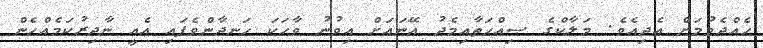
ހެއްދެވުމަށް އެދިއެވެ. މަލާކްގެ ޞިއްޙަތާއިމެދު އޭނައަށް އިވުނު ވާހަކަ ހަނދާންވެފައި އެއީ ނާދިރުކަމެއްހެން